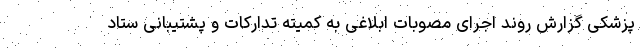
پزشکی گزارش روند اجرای مصوبات ابلاغی به کمیته تدارکات و پشتیبانی ستاد